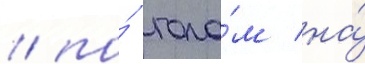
/ по́ гола́м на́